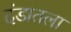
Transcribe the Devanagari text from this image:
दंडातला